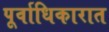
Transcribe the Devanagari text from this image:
पूर्वाधिकारात